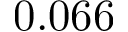
0 . 0 6 6